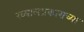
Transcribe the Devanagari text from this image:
ख्यालप्रकाराच्या